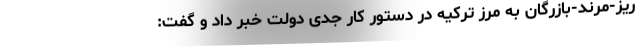
ریز-مرند-بازرگان به مرز ترکیه در دستور کار جدی دولت خبر داد و گفت: